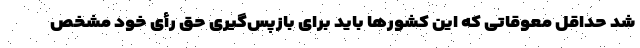
شد حداقل معوقاتی که این کشورها باید برای بازپس‌گیری حق رأی خود مشخص